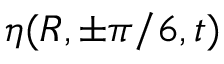
\eta ( R , \pm \pi / 6 , t )